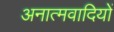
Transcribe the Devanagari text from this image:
अनात्मवादियों